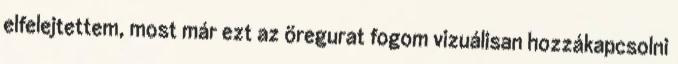
elfelejtettem, most már ezt az öregurat fogom vizuálisan hozzákapcsolni